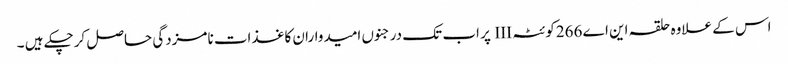
اس کے علاوہ حلقہ این اے 266کوئٹہ III پر اب تک درجنوں امیدواران کاغذات نامزدگی حاصل کرچکے ہیں ۔